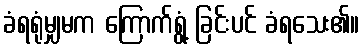
ခံရရုံမျှမက ကြောက်ရွံ့ ခြင်းပင် ခံရသေး၏။